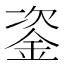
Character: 𨦠